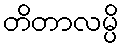
တိတာလမ္ပိ